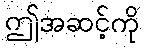
ဤအဆင့်ကို